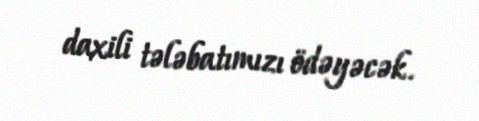
daxili tələbatımızı ödəyəcək.